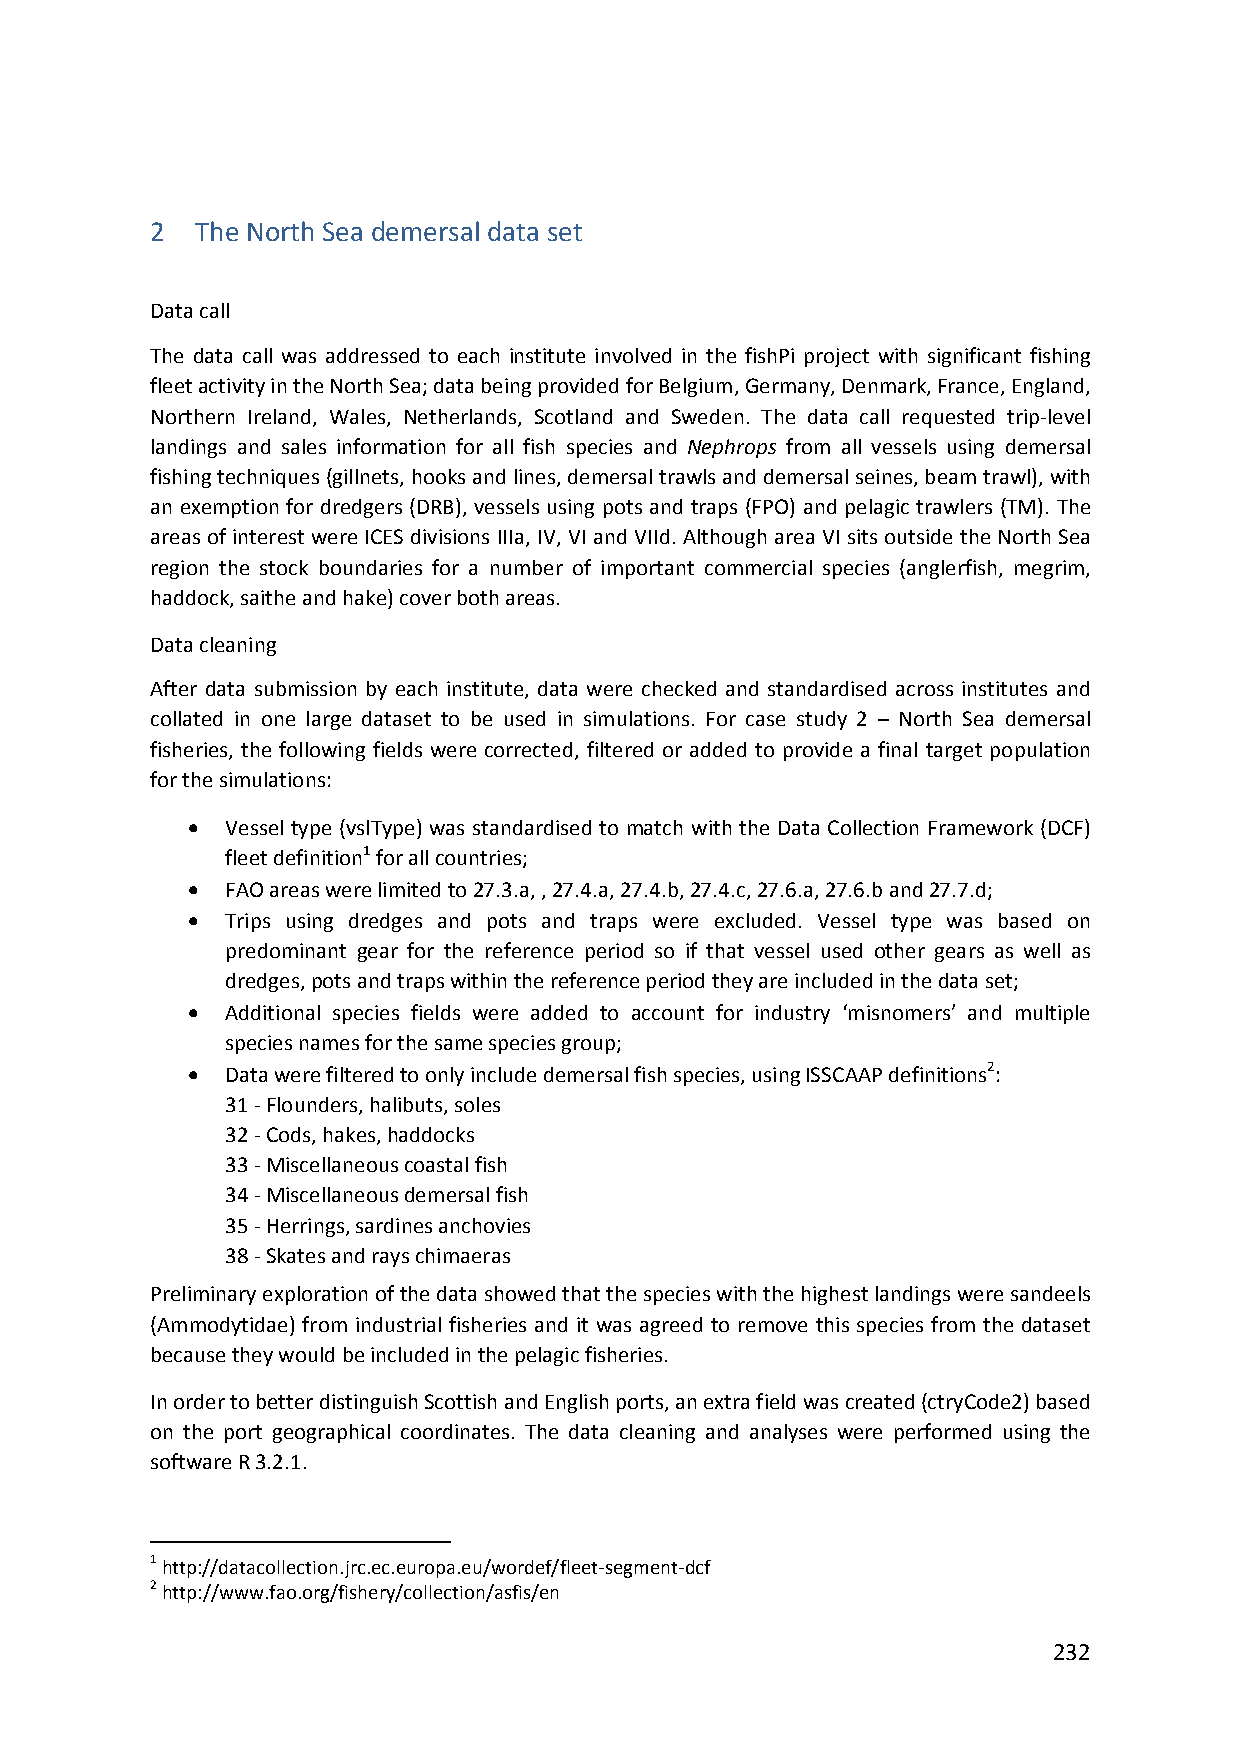
2  The North Sea demersal data set
 Data call
 The data call was addressed to each institute involved in the fishPi project with significant fishing
 fleet activity in the North Sea; data being provided for Belgium, Germany, Denmark, France, England,
 Northern Ireland, Wales, Netherlands, Scotland and Sweden. The data call requested trip‐level
 landings and sales information for all fish species and Nephrops from all vessels using demersal
 fishing techniques (gillnets, hooks and lines, demersal trawls and demersal seines, beam trawl), with
 an exemption for dredgers (DRB), vessels using pots and traps (FPO) and pelagic trawlers (TM). The
 areas of interest were ICES divisions IIIa, IV, VI and VIId. Although area VI sits outside the North Sea
 region the stock boundaries for a number of important commercial species (anglerfish, megrim,
 haddock, saithe and hake) cover both areas.
 Data cleaning
 After data submission by each institute, data were checked and standardised across institutes and
 collated in one large dataset to be used in simulations. For case study 2 – North Sea demersal
 fisheries, the following fields were corrected, filtered or added to provide a final target population
 for the simulations:
   Vessel type (vslType) was standardised to match with the Data Collection Framework (DCF)
 fleet definition1 for all countries;
   FAO areas were limited to 27.3.a, , 27.4.a, 27.4.b, 27.4.c, 27.6.a, 27.6.b and 27.7.d;
   Trips using dredges and pots and traps were excluded. Vessel type was based on
 predominant gear for the reference period so if that vessel used other gears as well as
 dredges, pots and traps within the reference period they are included in the data set;
   Additional species fields were added to account for industry ‘misnomers’ and multiple
 species names for the same species group;
   Data were filtered to only include demersal fish species, using ISSCAAP definitions2:
 31 ‐ Flounders, halibuts, soles
 32 ‐ Cods, hakes, haddocks
 33 ‐ Miscellaneous coastal fish
 34 ‐ Miscellaneous demersal fish
 35 ‐ Herrings, sardines anchovies
 38 ‐ Skates and rays chimaeras
 Preliminary exploration of the data showed that the species with the highest landings were sandeels
 (Ammodytidae) from industrial fisheries and it was agreed to remove this species from the dataset
 because they would be included in the pelagic fisheries.
 In order to better distinguish Scottish and English ports, an extra field was created (ctryCode2) based
 on the port geographical coordinates. The data cleaning and analyses were performed using the
 software R 3.2.1.
 1 http://datacollection.jrc.ec.europa.eu/wordef/fleet‐segment‐dcf
 2 http://www.fao.org/fishery/collection/asfis/en
 232